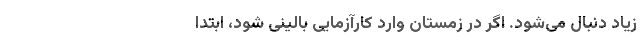
زیاد دنبال می‌شود. اگر در زمستان وارد کارآزمایی بالینی شود، ابتدا